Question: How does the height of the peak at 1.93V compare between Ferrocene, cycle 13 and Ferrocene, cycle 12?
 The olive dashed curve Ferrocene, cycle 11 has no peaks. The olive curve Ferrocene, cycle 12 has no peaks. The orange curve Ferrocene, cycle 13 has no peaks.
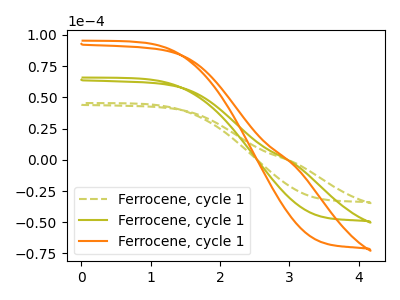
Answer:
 <answer>"Ferrocene, cycle 13" and "Ferrocene, cycle 12" dont share a peak at 1.93V.</answer>
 <eval>mismatch</eval>